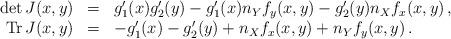
LaTeX: \begin{align*}\begin{array}{rcl}\mathrm{det}\,J(x,y) &=& g_1'(x)g_2'(y) -g_1'(x)n_Y f_y(x,y) -g_2'(y) n_X f_x(x,y)\,, \\\mathrm{Tr}\,J(x,y) &=& -g_1'(x)-g_2'(y) + n_X f_x(x,y) + n_Y f_y(x,y)\,.\end{array}\end{align*}